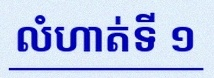
លំហាត់ទី ១